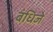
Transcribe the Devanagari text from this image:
बंधिजे